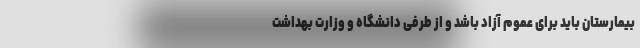
بیمارستان باید برای عموم آزاد باشد و از طرفی دانشگاه و وزارت بهداشت